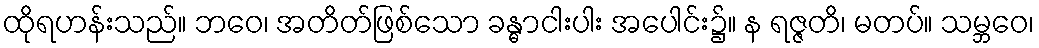
ထိုရဟန်းသည်။ ဘဝေ၊ အတိတ်ဖြစ်သော ခန္ဓာငါးပါး အပေါင်း၌။ န ရဇ္ဇတိ၊ မတပ်။ သမ္ဘဝေ၊